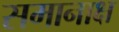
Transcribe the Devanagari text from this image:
समानाक्ष